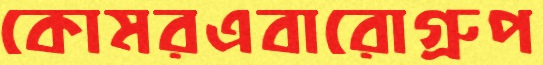
কোমরএবারোগ্রুপ